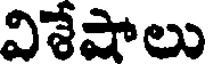
విశేషాలు